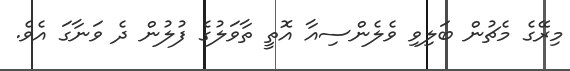
މިރޭގެ މެޗުން ބަލިވި ވެލެންސިއާ އޮތީ ތާވަލުގެ ފުލުން ދެ ވަނާގަ އެވެ.